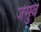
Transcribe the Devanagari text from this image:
जेसुवे